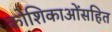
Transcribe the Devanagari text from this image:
कोशिकाओंसहित